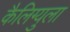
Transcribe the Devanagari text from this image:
कैलिग्युला